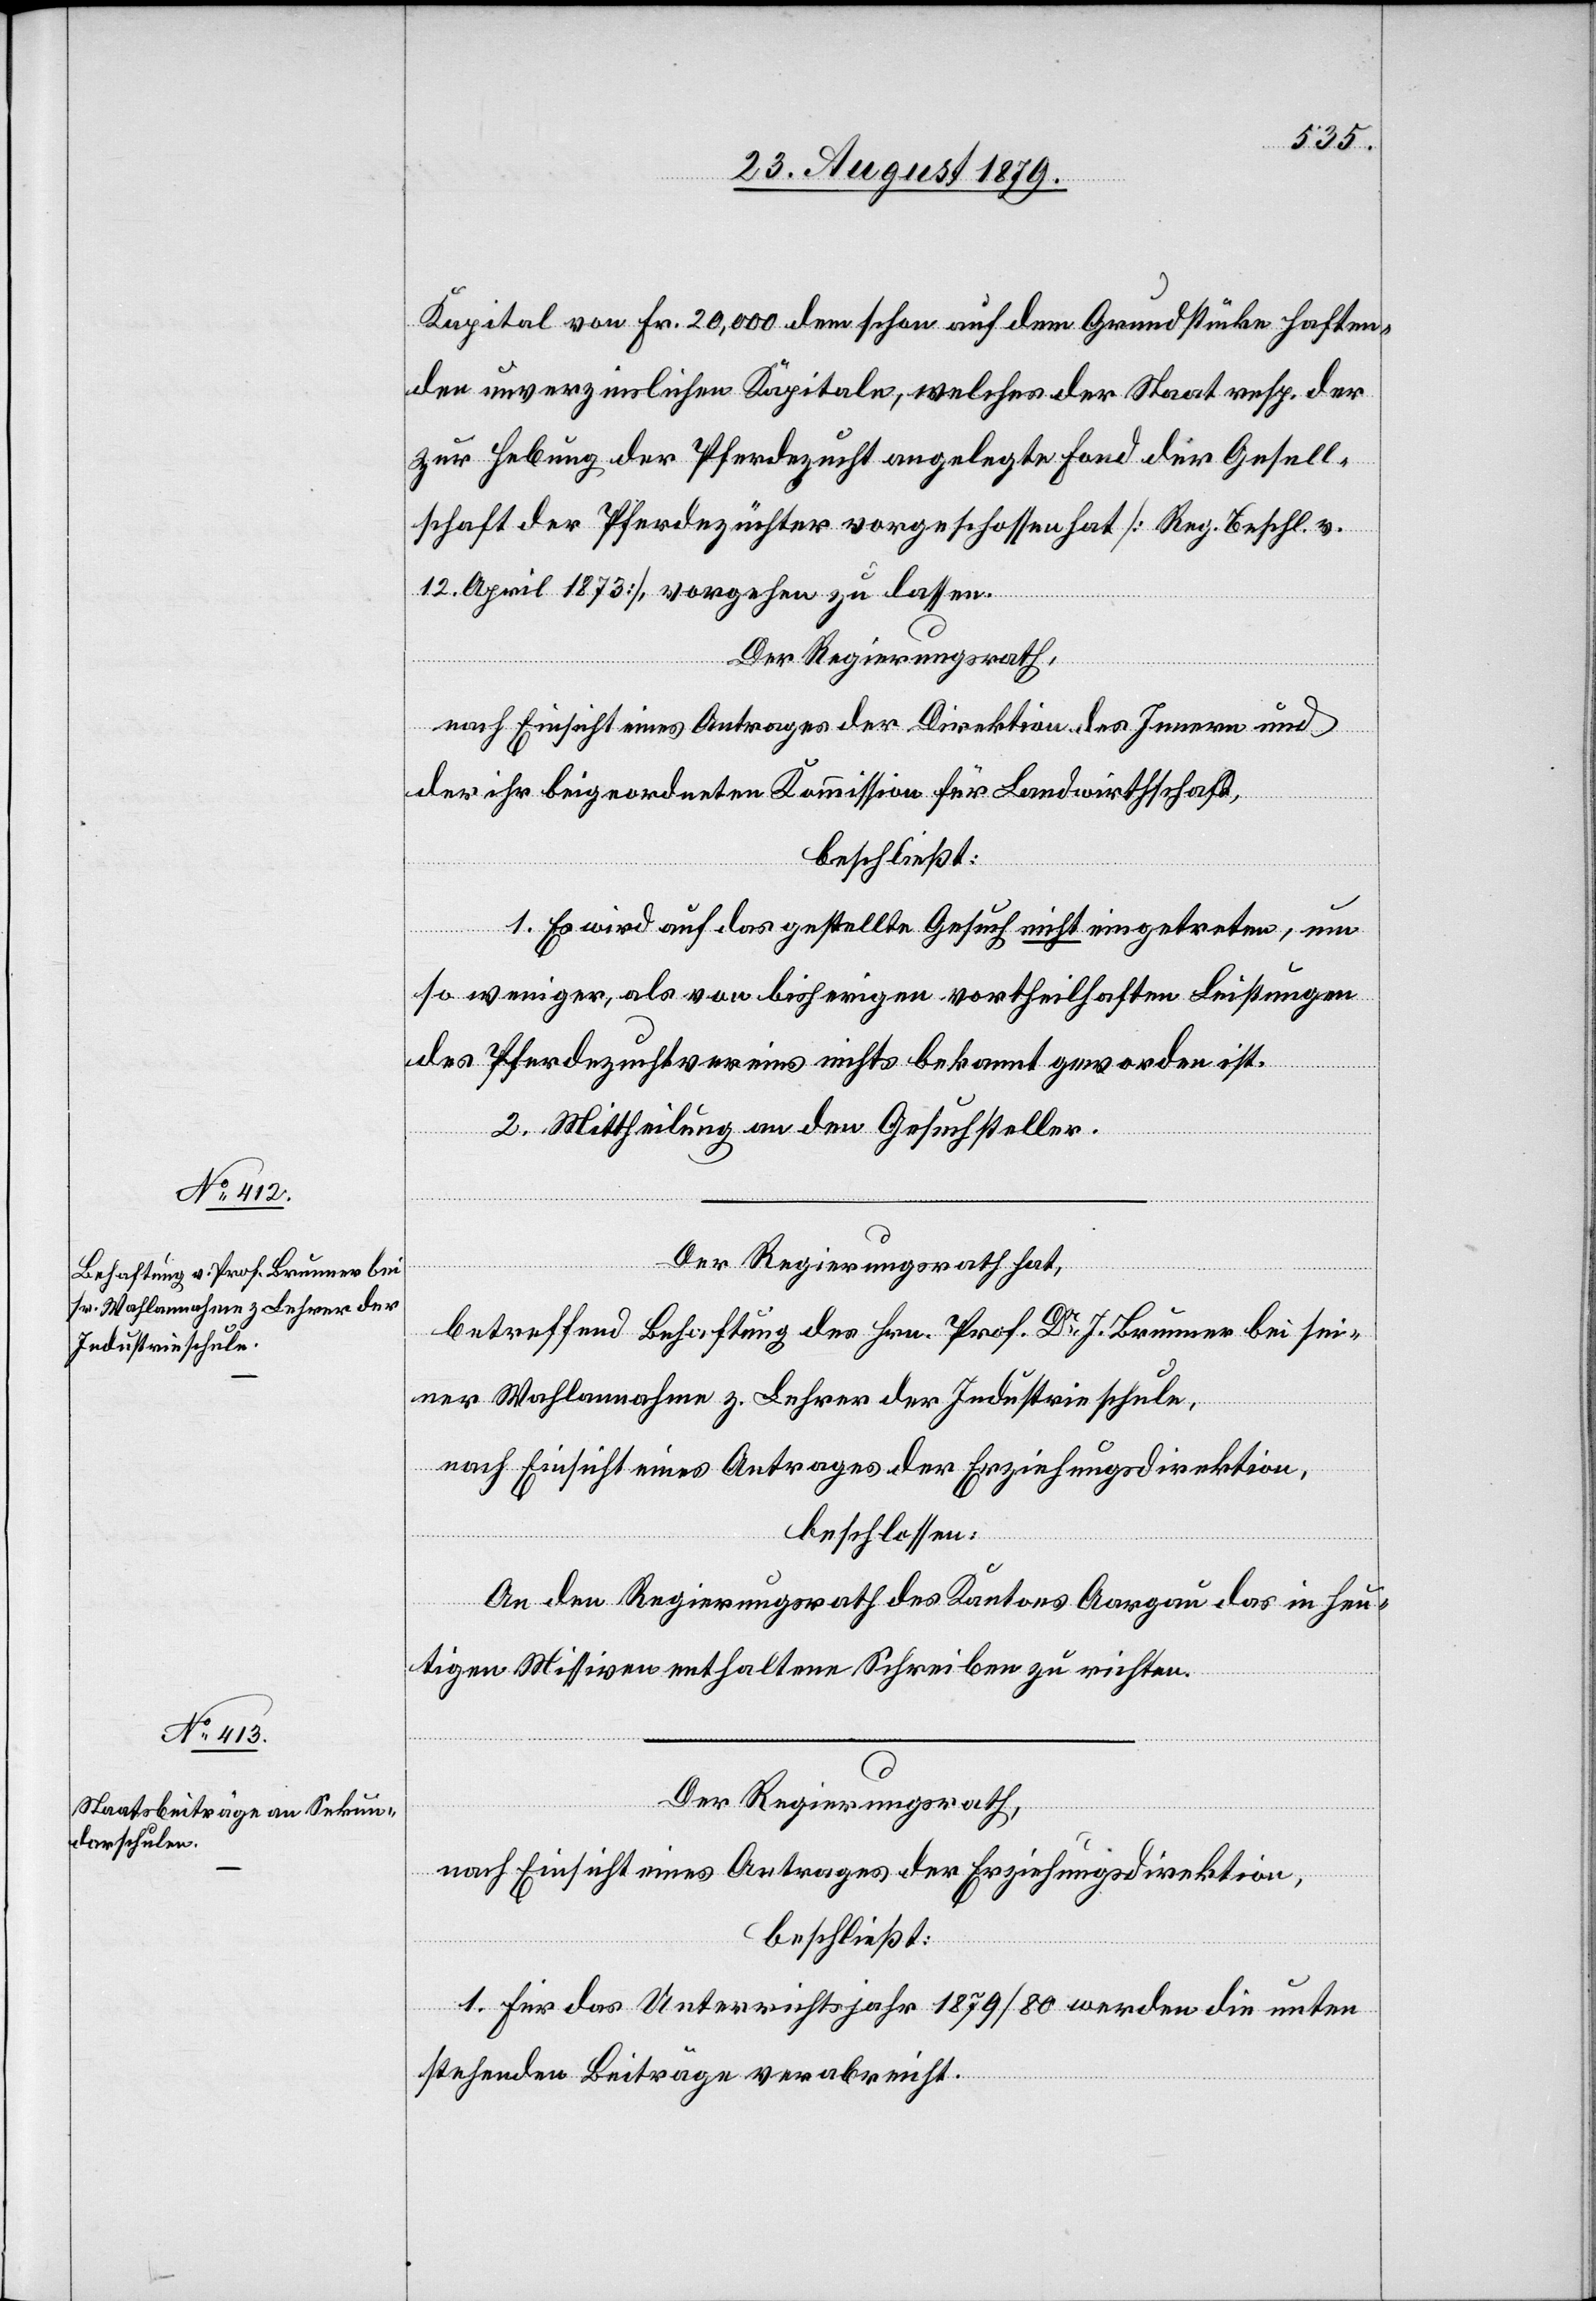
Kapital von Fr. 20,000 dem schon auf dem Grundstücke haften¬
den unverzinslichen Kapitale, welches der Staat resp. der
zur Hebung der Pferdezucht angelegte Fond der Gesell¬
schaft der Pferdezüchter vorgeschossen hat [Reg. Beschl. v.
12. April 1873], vorgehen zu lassen.
Der Regierungsrath,
nach Einsicht eines Antrages der Direktion des Innern und
der ihr beigeordneten Kommission für Landwirthschaft,
beschließt:
1. Es wird auf das gestellte Gesuch nicht eingetreten, um
so weniger, als von bisherigen vortheilhaften Leistungen
des Pferdezuchtvereins nichts bekannt geworden ist.
2. Mittheilung an den Gesuchsteller.
Der Regierungsrath hat,
betreffend Behaftung des Hrn. Prof. Dr J. Brunner bei sei¬
ner Wahlannahme z. Lehrer der Industrieschule,
nach Einsicht eines Antrages der Erziehungsdirektion,
beschlossen:
An den Regierungsrath des Kantons Aargau das in heu¬
tigen Missiven enthaltene Schreiben zu richten.
Der Regierungsrath,
nach Einsicht eines Antrages der Erziehungsdirektion,
beschließt:
1. Für das Unterrichtsjahr 1879/80 werden die unten
stehenden Beiträge verabreicht.